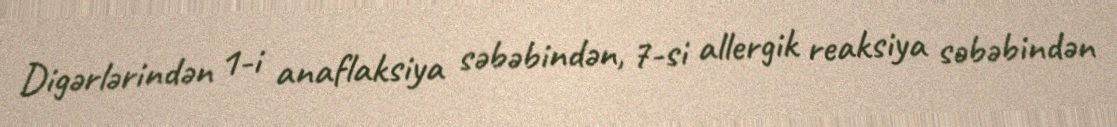
Digərlərindən 1-i anaflaksiya səbəbindən, 7-si allergik reaksiya səbəbindən